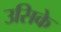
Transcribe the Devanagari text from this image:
उसिके